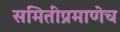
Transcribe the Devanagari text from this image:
समितीप्रमाणेच